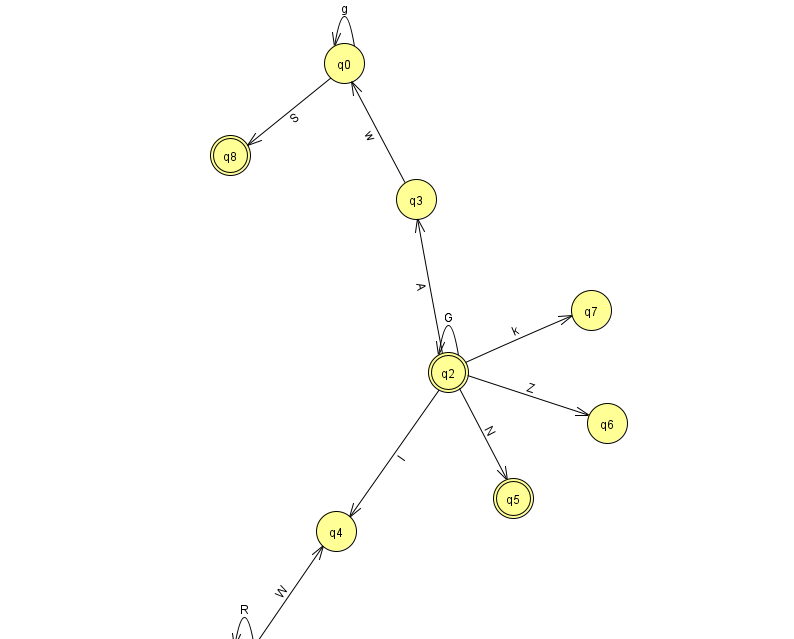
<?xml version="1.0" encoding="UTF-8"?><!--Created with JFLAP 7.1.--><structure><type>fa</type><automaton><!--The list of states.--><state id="0" name="q0"><x>344.0</x><y>50.0</y></state><state id="1" name="q1"><x>244.0</x><y>651.0</y><initial/></state><state id="2" name="q2"><x>448.0</x><y>359.0</y><final/></state><state id="3" name="q3"><x>416.0</x><y>186.0</y></state><state id="4" name="q4"><x>336.0</x><y>518.0</y></state><state id="5" name="q5"><x>513.0</x><y>485.0</y><final/></state><state id="6" name="q6"><x>607.0</x><y>410.0</y></state><state id="7" name="q7"><x>591.0</x><y>297.0</y></state><state id="8" name="q8"><x>230.0</x><y>142.0</y><final/></state><!--The list of transitions.--><transition><from>1</from><to>1</to><read>R</read></transition><transition><from>2</from><to>5</to><read>N</read></transition><transition><from>3</from><to>0</to><read>w</read></transition><transition><from>0</from><to>8</to><read>S</read></transition><transition><from>0</from><to>0</to><read>g</read></transition><transition><from>2</from><to>2</to><read>G</read></transition><transition><from>2</from><to>6</to><read>Z</read></transition><transition><from>1</from><to>4</to><read>W</read></transition><transition><from>2</from><to>4</to><read>I</read></transition><transition><from>2</from><to>7</to><read>k</read></transition><transition><from>2</from><to>3</to><read>A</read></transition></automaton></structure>